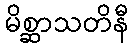
မိစ္ဆာသတိနီ